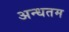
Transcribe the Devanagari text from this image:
अन्धतम